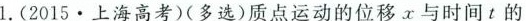
1.(2015.上海高考)(多选)质点运动的位移x与时间t的